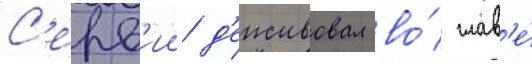
С'ерв'ии д'еиствовал во́ глав'е́